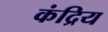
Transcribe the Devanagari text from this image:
कंद्रिय